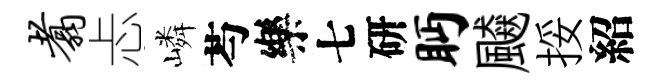
翥忐嶙芍樂七研眄飇挼紹